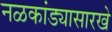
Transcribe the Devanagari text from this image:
नळकांड्यासारखे